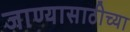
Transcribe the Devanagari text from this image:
जाण्यासाठीच्या